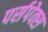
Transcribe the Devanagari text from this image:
पर्सपेक्स